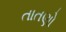
તાતણો